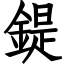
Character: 鍉